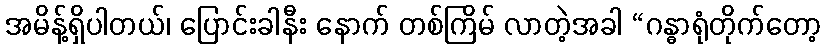
အမိန့်ရှိပါတယ်၊ ပြောင်းခါနီး နောက် တစ်ကြိမ် လာတဲ့အခါ “ဂန္ဓာရုံတိုက်တော့